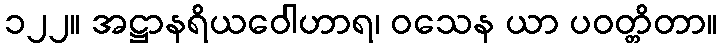
၁၂၂။ အဋ္ဌာနရိယဝေါဟာရ၊ ဝသေန ယာ ပဝတ္တိတာ။